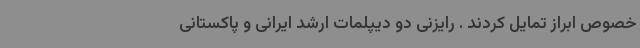
خصوص ابراز تمایل کردند . رایزنی دو دیپلمات ارشد ایرانی و پاکستانی